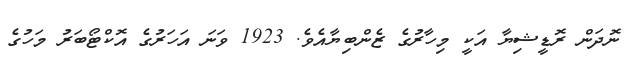
ނޮދަން ރޮޑީޝިޔާ އަކީ މިހާރުގެ ޒެންބިޔާއެވެ. 1923 ވަނަ އަހަރުގެ އޮކްޓޯބަރު މަހުގެ